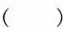
()